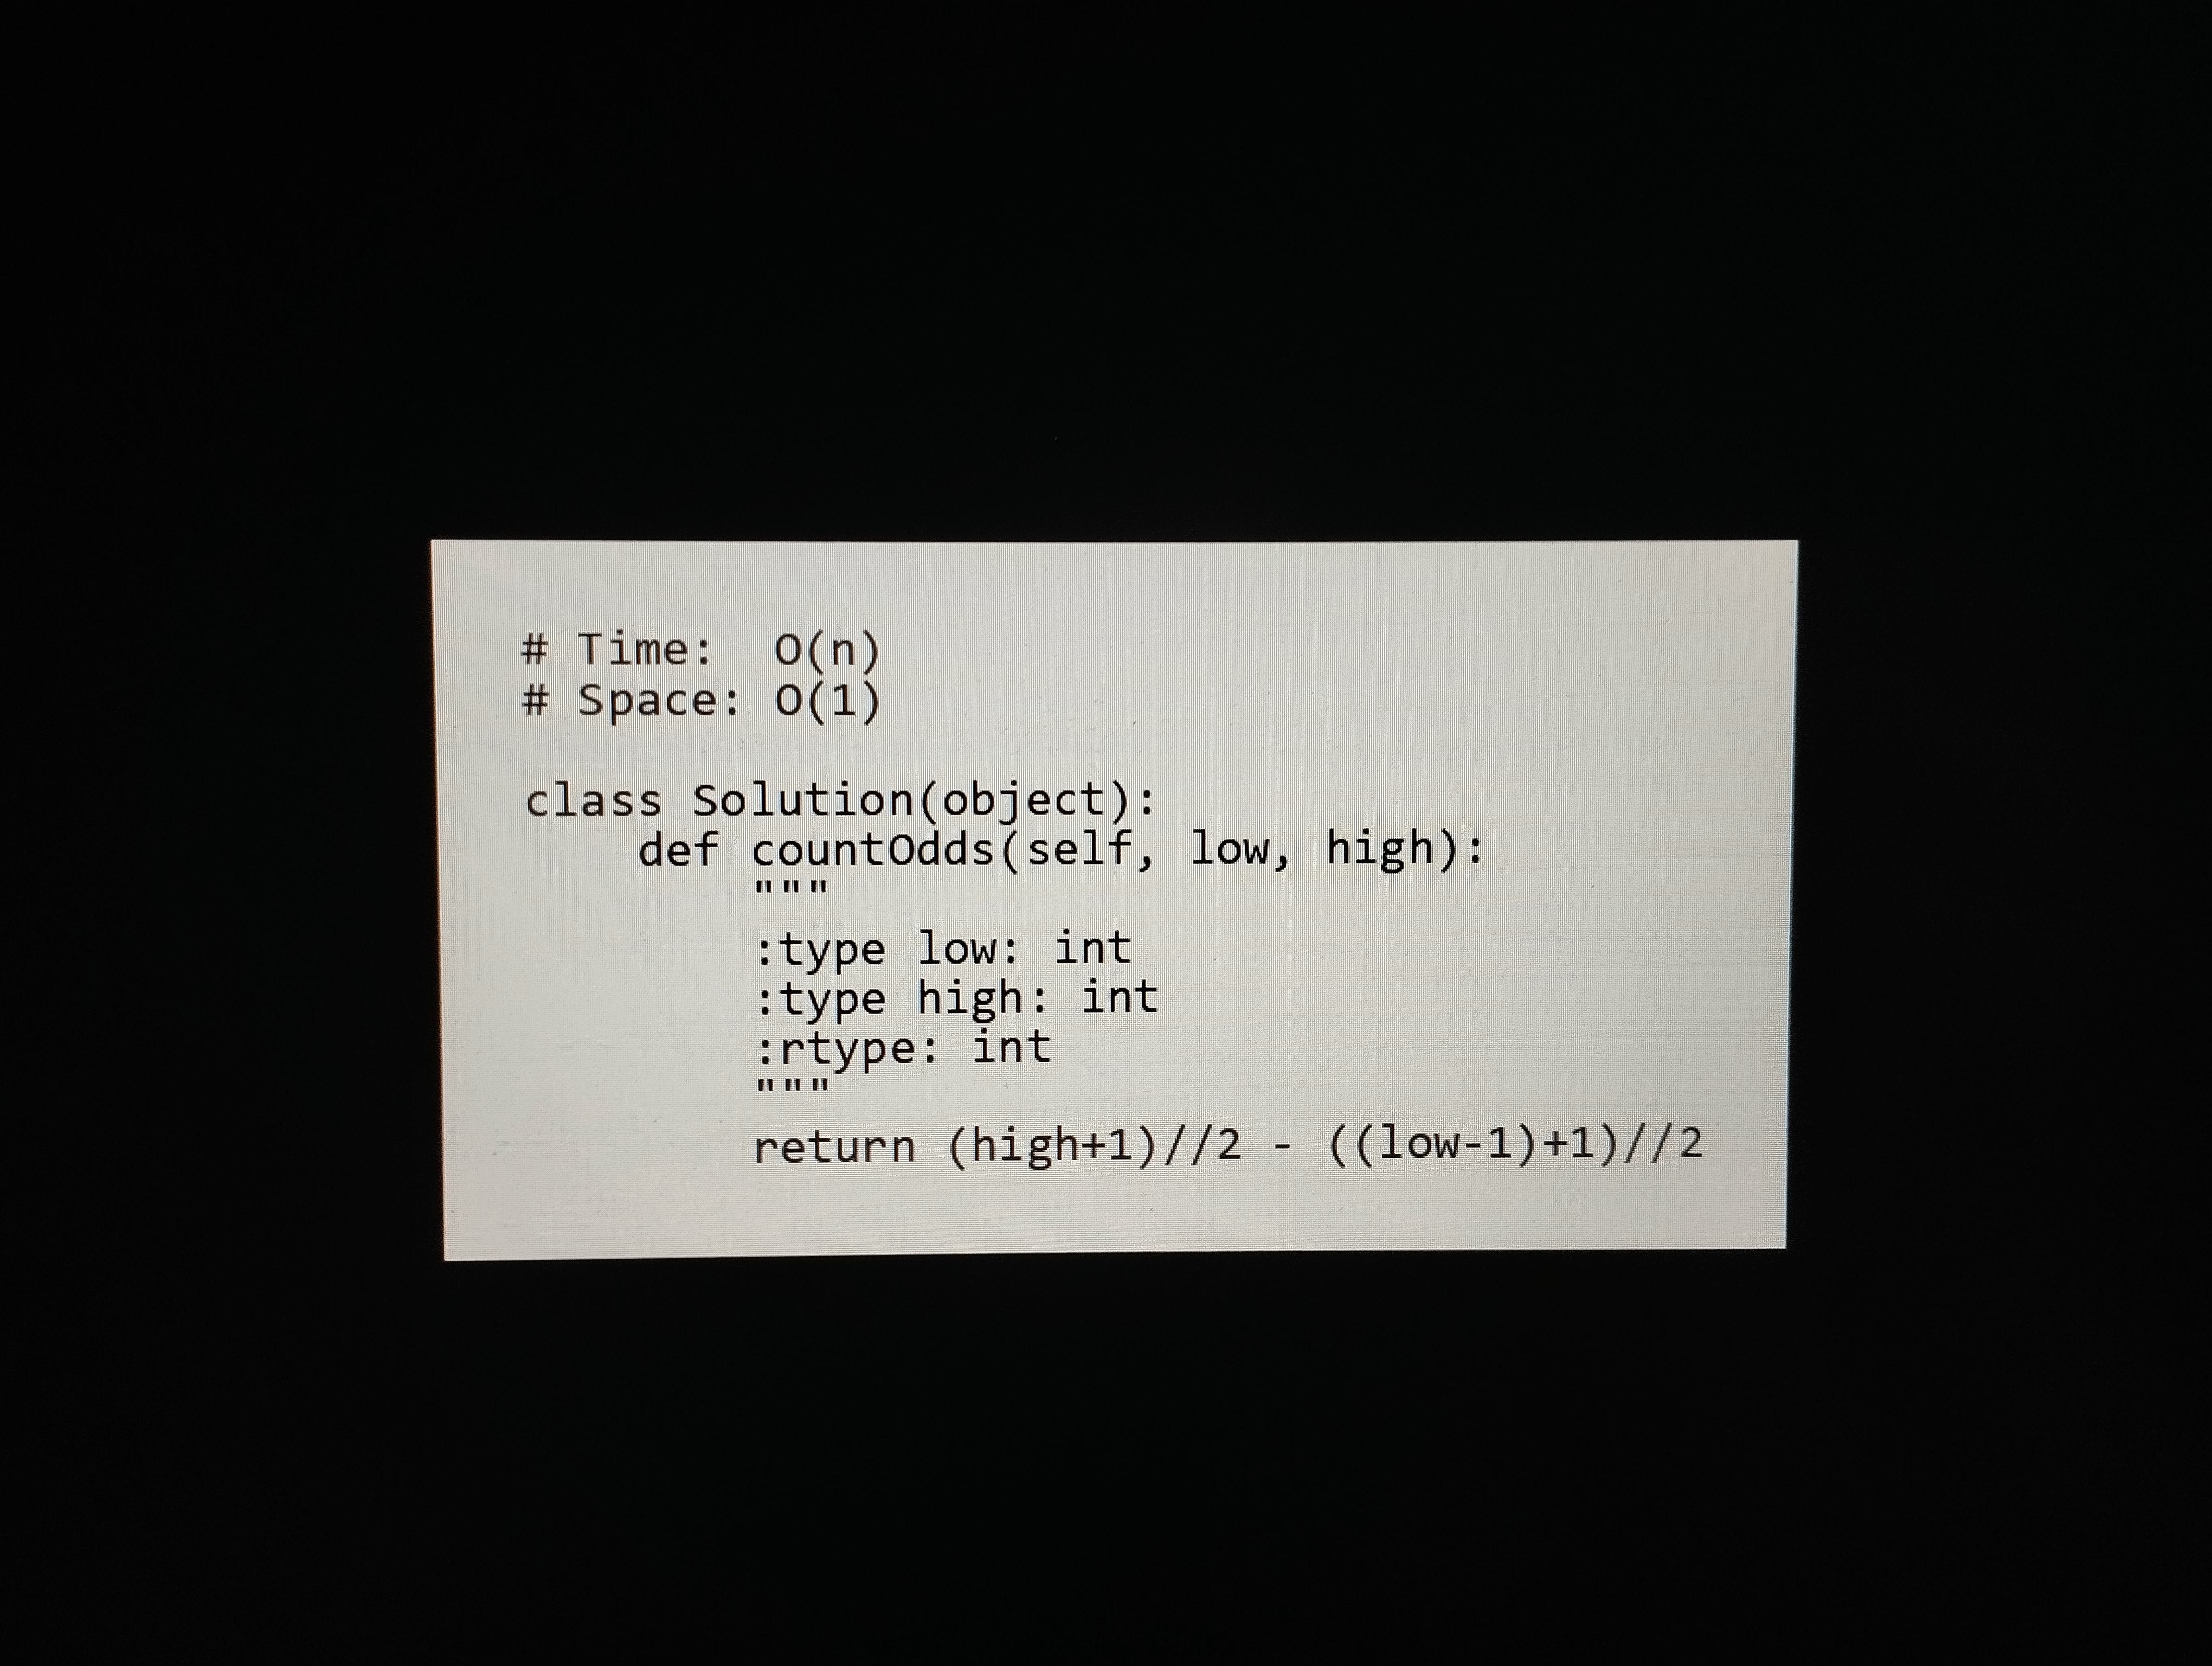
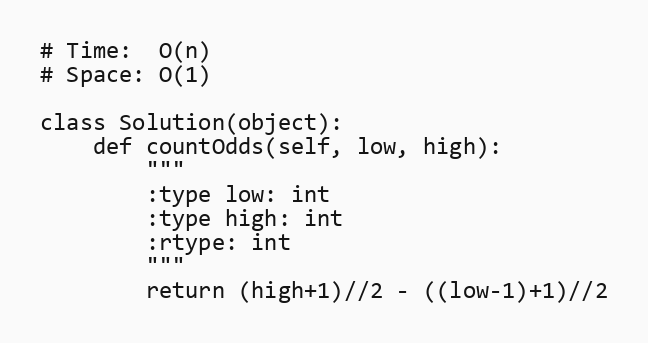
# Time:  O(n)
# Space: O(1)

class Solution(object):
    def countOdds(self, low, high):
        """
        :type low: int
        :type high: int
        :rtype: int
        """
        return (high+1)//2 - ((low-1)+1)//2